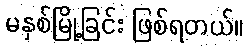
မနှစ်မြို့ခြင်း ဖြစ်ရတယ်။